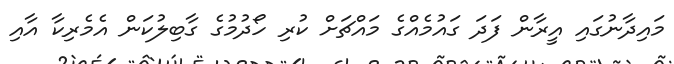
މައިދާނުގައި އީރާން ފަދަ ގައުމެއްގެ މައްޗަށް ކުރި ހޯދުމުގެ ގާބިލުކަން އެމެރިކާ އާއި